Scottish Leaving Certificate Examination, 1957
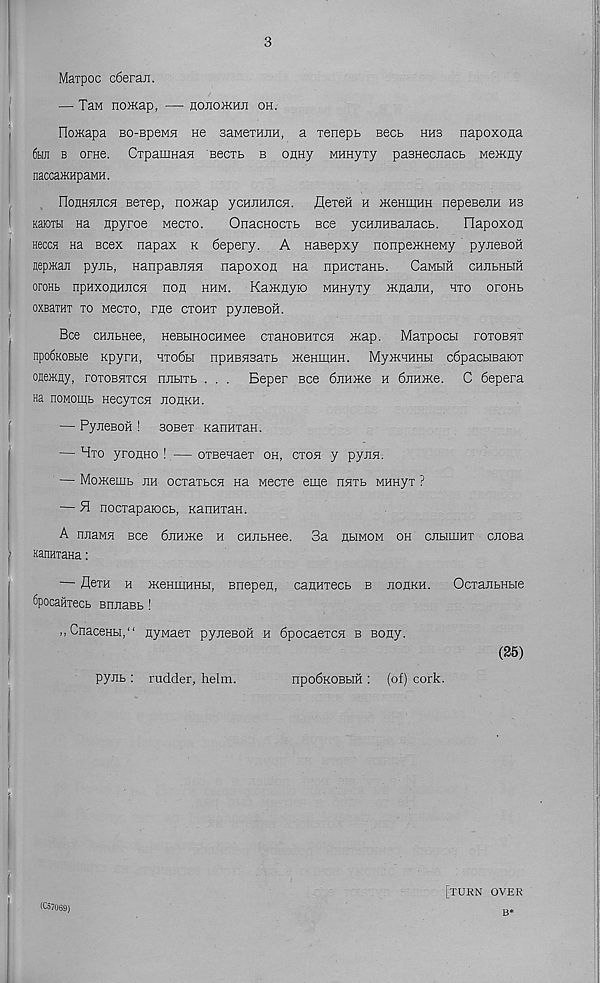
3
Maipoc c6eraji.
— Tan noacap, — hojiojkhji oh.
rio>Kapa BO-epeMH He saMexHjin, a xenepb bgcb hhs napoxona
6hh b orne. CxpauiHaH Becrb b OHHy Munyxy pasHecnacb Me>Kny
nacca)KHpaMH.
rionHHJicH Bexep, nomap ycHUHncH. flexen h kKeHiyuH nepeBenH hs
KaiOTbi he npyroe Mecxo.
OnacHocxb Bee ycHJiHBaitacb.
Oapoxon
hbcch na scex napax k 6epery. A nasepxy nonpe>KHeMy pyjieBOH
nep}Kaji pyjib, HanpaBJiHH napoxon Ha ripncxaHb. CaMbift cHJibHbra
oroHt npHXOHHJica hoh hhm. KaacHyio wunyxy mnaJiH, hxo oroHb
oxBaxHT to Mecxo, rae ctoht pyjreBOH.
Bee ouibHee, HeBbrnocHMee cxaHOBHxcH map. Maxpocbi xotobht
npofiKOBbie Kpyrn, hto6h npHBHsaxb menmuH. MymHHHbi c6pacbiBaioT
onemny, roxoBaxcH ruibixb . . . Beper Bee 6nH>Ke h 6jiH>Ke. C 6epera
Ha noMoipb HecyxcH jiohkh.
— PyjieBOH ! aoBex KanHxaH.
— Mxo yronHo!.— oxBeHaex oh, ctoh y pyiin.
— Momemb jih ocxaxbCH na weexe eme nHTb MHHyx ?
— H noexaparoeb, KanHxaH.
A nitaMH see 6jiHme h cHJibHee. 3a ubimom oh ciibiniHT cnoBa
KanHxaHa:
— flexH h meHiKHHbi, Bnepen, caunxecb b jiohkh.
OcxajibHbie
Spocanxecb snjiaBb !
,,CnaceHbi,“ nyMaex pyjieBOH h 6pocaexcH b Bony.
(25)
pyjib : rudder, helm.
npodKOBbm : (of) cork.
[turn over
b*
(C57U69)